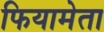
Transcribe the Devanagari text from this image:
फियामेता